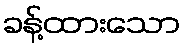
ခန့်ထားသော